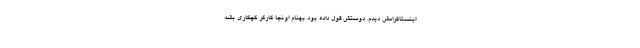
اينستاگرامش ديدم. دوستش قول داده بود بهنام اونجا كارگر گچكاري بشه